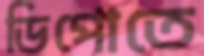
ডিপোতে